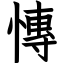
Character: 慱